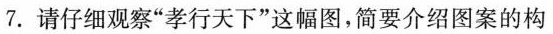
7.请仔细观察”孝行天下”这幅图，简要介绍图案的构